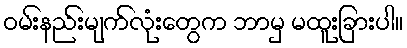
ဝမ်းနည်းမျက်လုံးတွေက ဘာမှ မထူးခြားပါ။